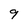
Character: 9